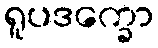
ရူပဒက္ခော